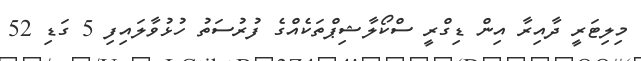
މިލިޓަރީ ދާއިރާ އިން ޑިގްރީ ސްކޯލާޝިޕްތަކެއްގެ ފުރުސަތު ހުޅުވާލައިފި 5 ގަޑި 52